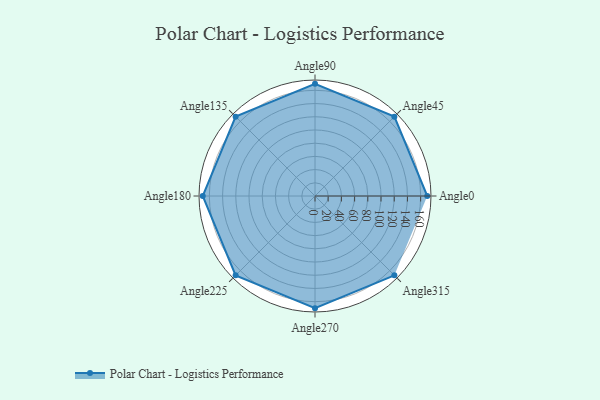
{"axis": {"x": "Angle", "y": "Radius"}, "legend": [""], "data": [{"x": "Angle0", "y": 170, "type": ""}, {"x": "Angle45", "y": 170, "type": ""}, {"x": "Angle90", "y": 170, "type": ""}, {"x": "Angle135", "y": 170, "type": ""}, {"x": "Angle180", "y": 170, "type": ""}, {"x": "Angle225", "y": 170, "type": ""}, {"x": "Angle270", "y": 170, "type": ""}, {"x": "Angle315", "y": 170, "type": ""}]}